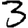
Digit: 3